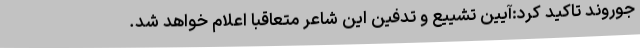
جوروند تاکید کرد:آیین تشییع و تدفین این شاعر متعاقبا اعلام خواهد شد.